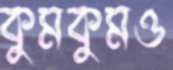
কুমকুমও